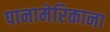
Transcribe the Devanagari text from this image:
पानामेरिकाना